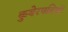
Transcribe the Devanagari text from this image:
कुबेरपतियों